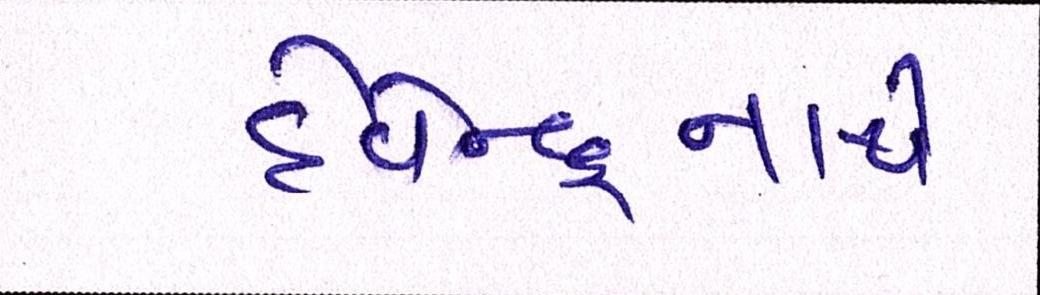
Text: દેવેન્દ્રનાથે